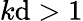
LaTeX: k\mathrm{d}>1